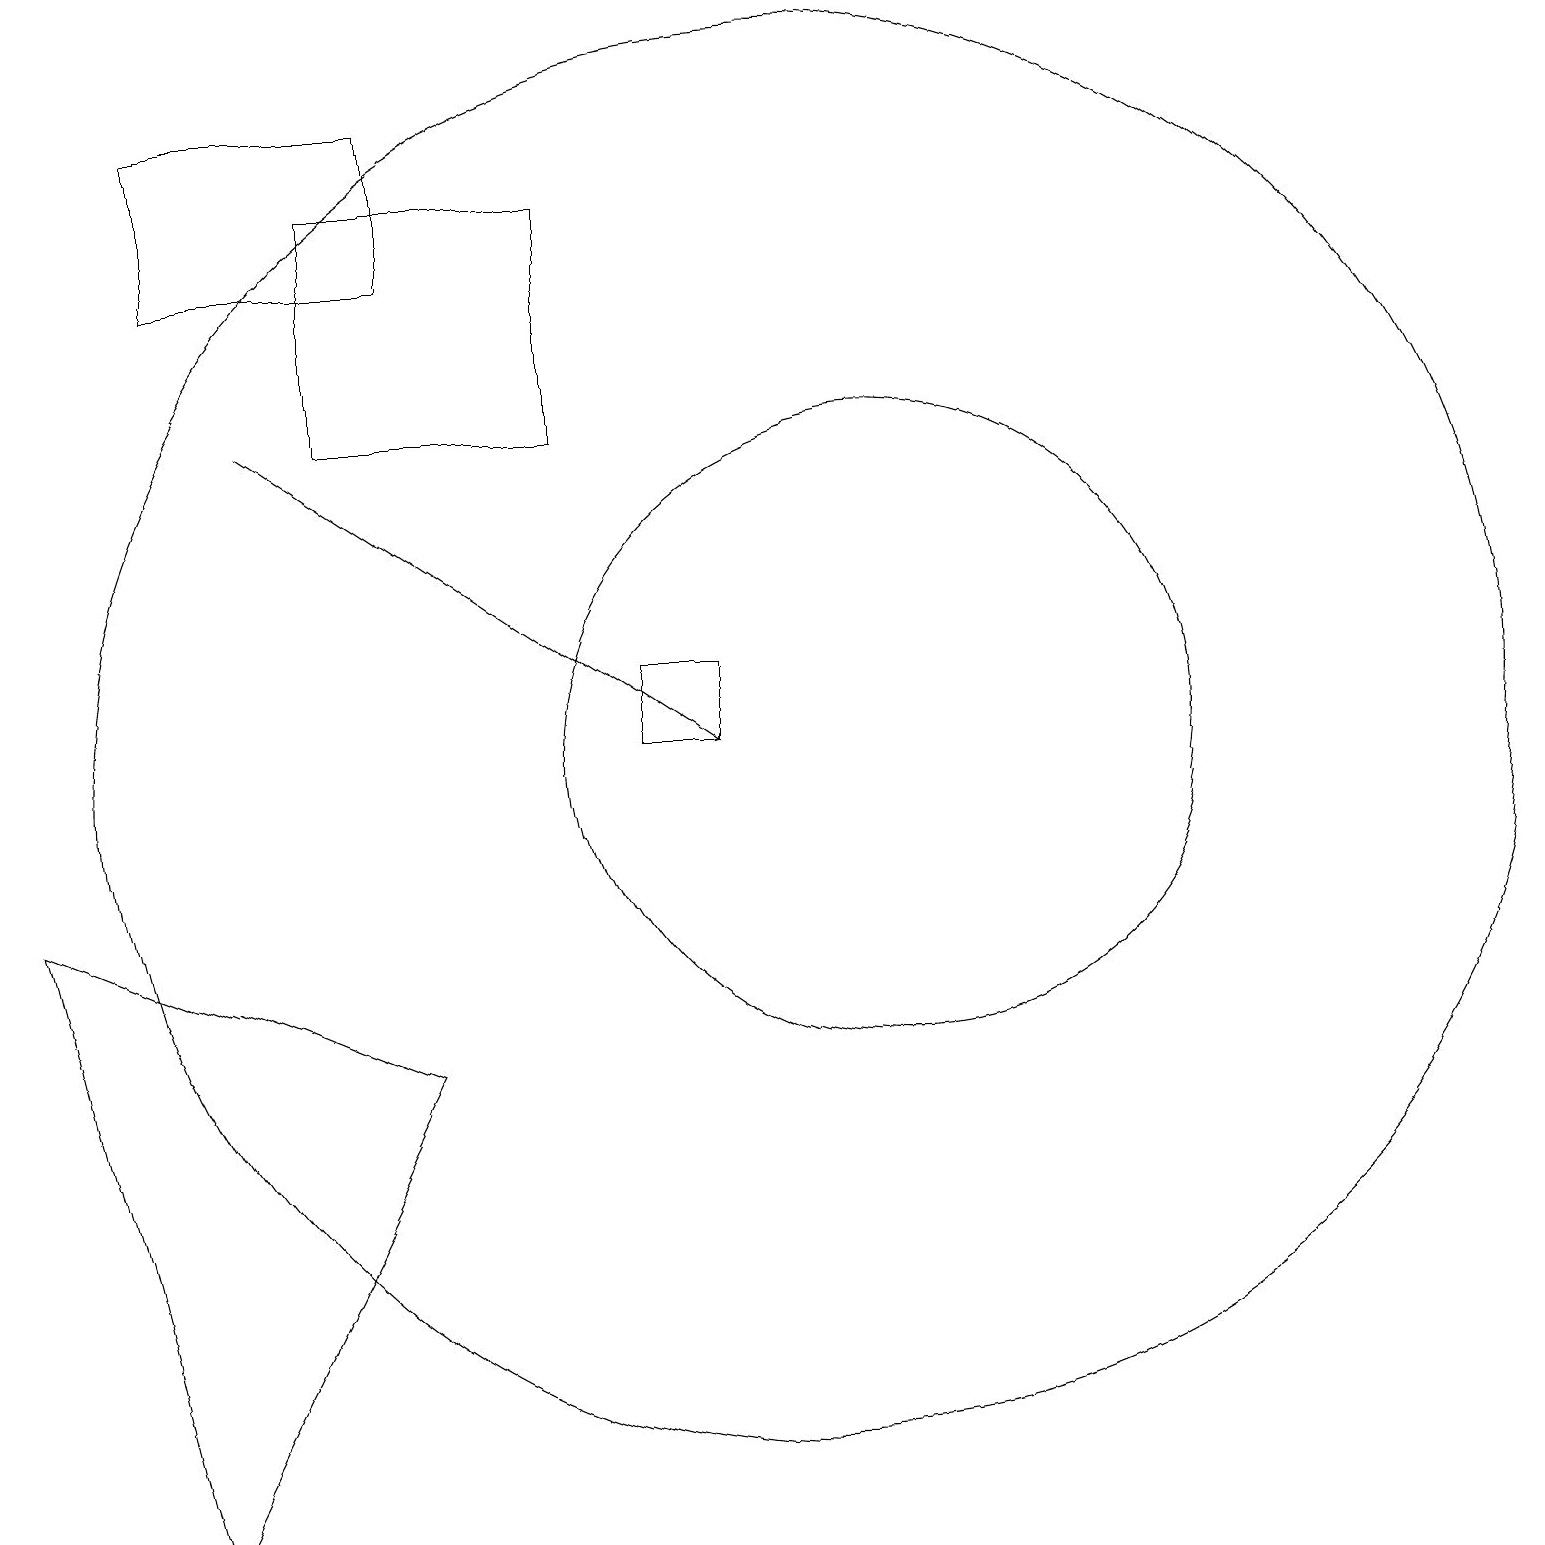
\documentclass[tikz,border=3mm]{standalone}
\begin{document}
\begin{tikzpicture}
\draw (11,10) circle (4);
\draw (2,16) rectangle (5,18);
\draw (9,11) rectangle (8,10);
\draw (2,0) -- (5,6) -- (0,8) -- cycle;
\draw (10,11) circle (0);
\draw[->] (3,14) -- (9,10);
\draw (4,17) rectangle (7,14);
\draw (10,10) circle (9);
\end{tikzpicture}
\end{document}